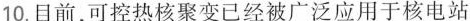
10.目前，可控热核聚变已经被广泛应用于核电站